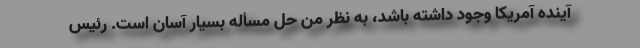
آینده آمریکا وجود داشته باشد، به نظر من حل مسأله بسیار آسان است. رئیس